Vaccination North-Western Provinces and Oudh 1896-1901 - 1896-1901
Year: 1896
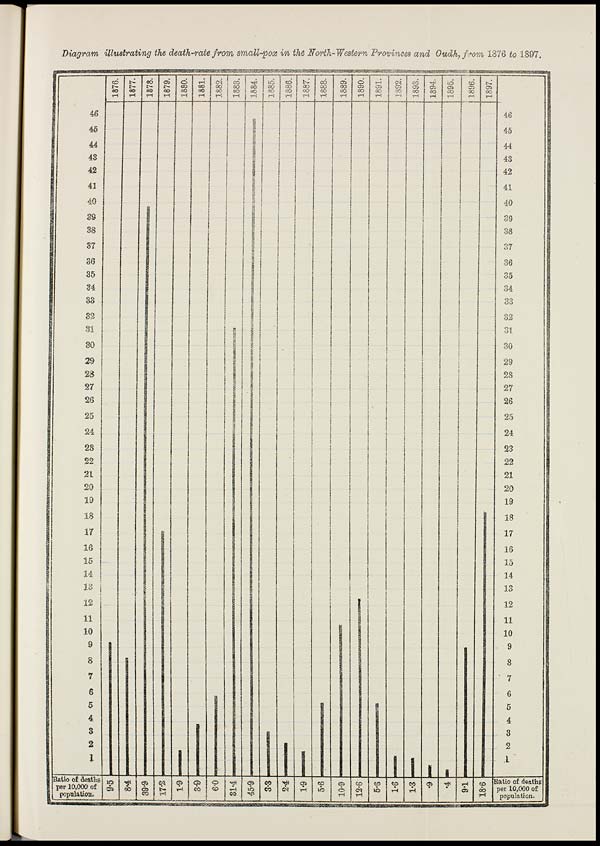
Diagram illustrating the death-rate from small-pox in the North-Western Provinces and Oudh, from 1876 to 1897.